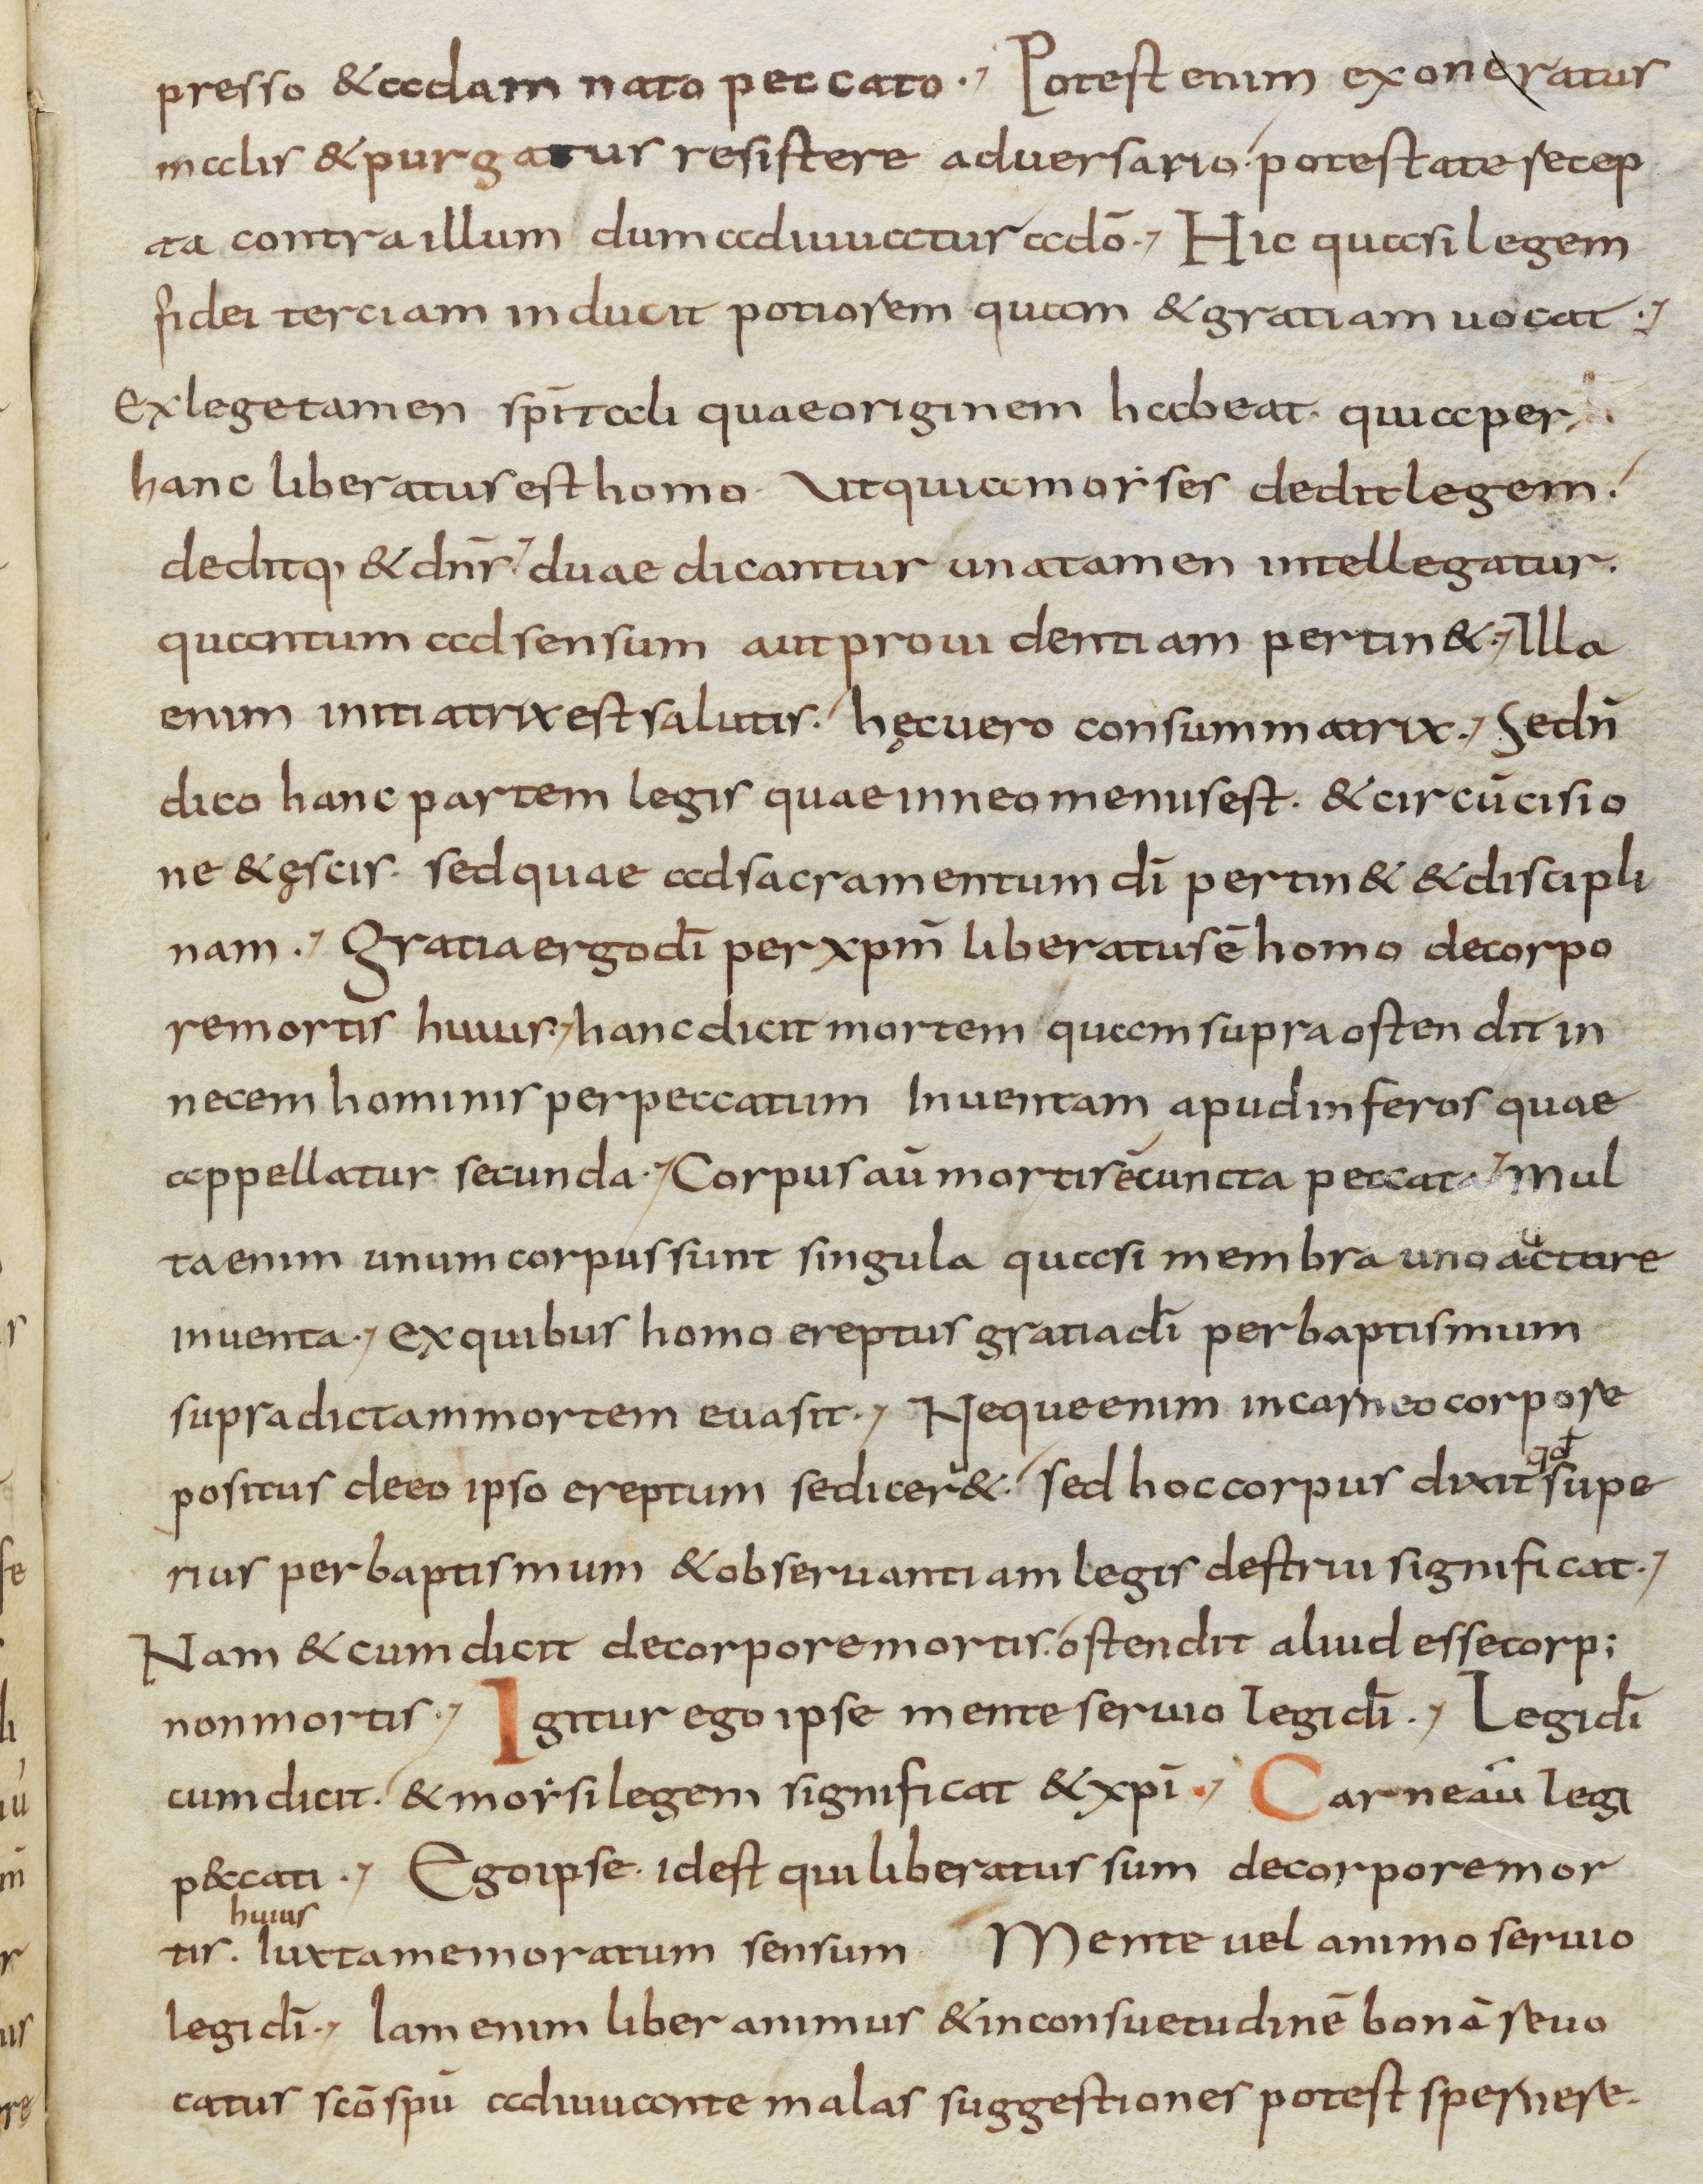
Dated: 800–899